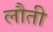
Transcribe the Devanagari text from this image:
लौती